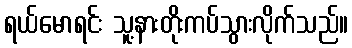
ရယ်မောရင်း သူ့နားတိုးကပ်သွားလိုက်သည်။